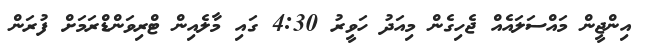
އިންޖީން މައްސަލައެއް ޖެހިގެން މިއަދު ހަވީރު 4:30 ގައި މާލެއިން ޓްރިވަންޑްރަމަށް ފުރަން